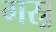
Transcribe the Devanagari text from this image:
गस्र्र